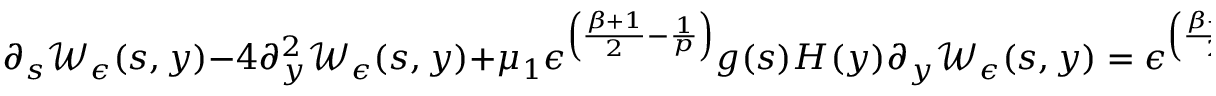
\partial _ { s } \mathcal { W } _ { \epsilon } ( s , y ) - 4 \partial _ { y } ^ { 2 } \mathcal { W } _ { \epsilon } ( s , y ) + \mu _ { 1 } \epsilon ^ { \left( \frac { \beta + 1 } { 2 } - \frac { 1 } { p } \right) } g ( s ) H ( y ) \partial _ { y } \mathcal { W } _ { \epsilon } ( s , y ) = \epsilon ^ { \left( \frac { \beta + 1 } { 2 } - \frac { 1 } { p } \right) } g ( s ) H ^ { \prime } ( y ) \mathcal { W } _ { \epsilon } ( s , y ) ,